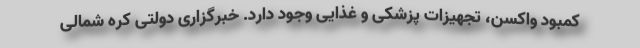
کمبود واکسن، تجهیزات پزشکی و غذایی وجود دارد. خبرگزاری دولتی کره شمالی